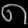
Digit: ၈